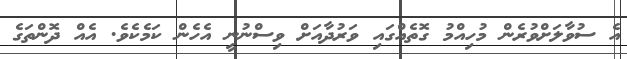
އެ ސުވާލަށްވުރެން މުހިއްމު ގޮތެއްގައި ވަރުދާއަށް ވިސްނުނީ އެހެން ކަމެކެވެ. އެއް ދޮންތަގެ